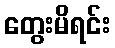
တွေးမိရင်း